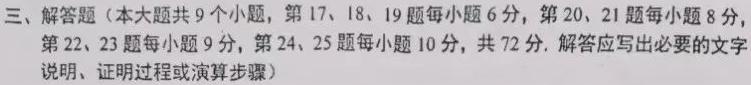
三、解答题（本大题共 9 个小题，第 17、18、19 题每小题 6 分，第 20、21 题每小题 8 分，第 22、23 题每小题 9 分，第 24、25 题每小题 10 分，共 72 分. 解答应写出必要的文字说明、证明过程或演算步骤）